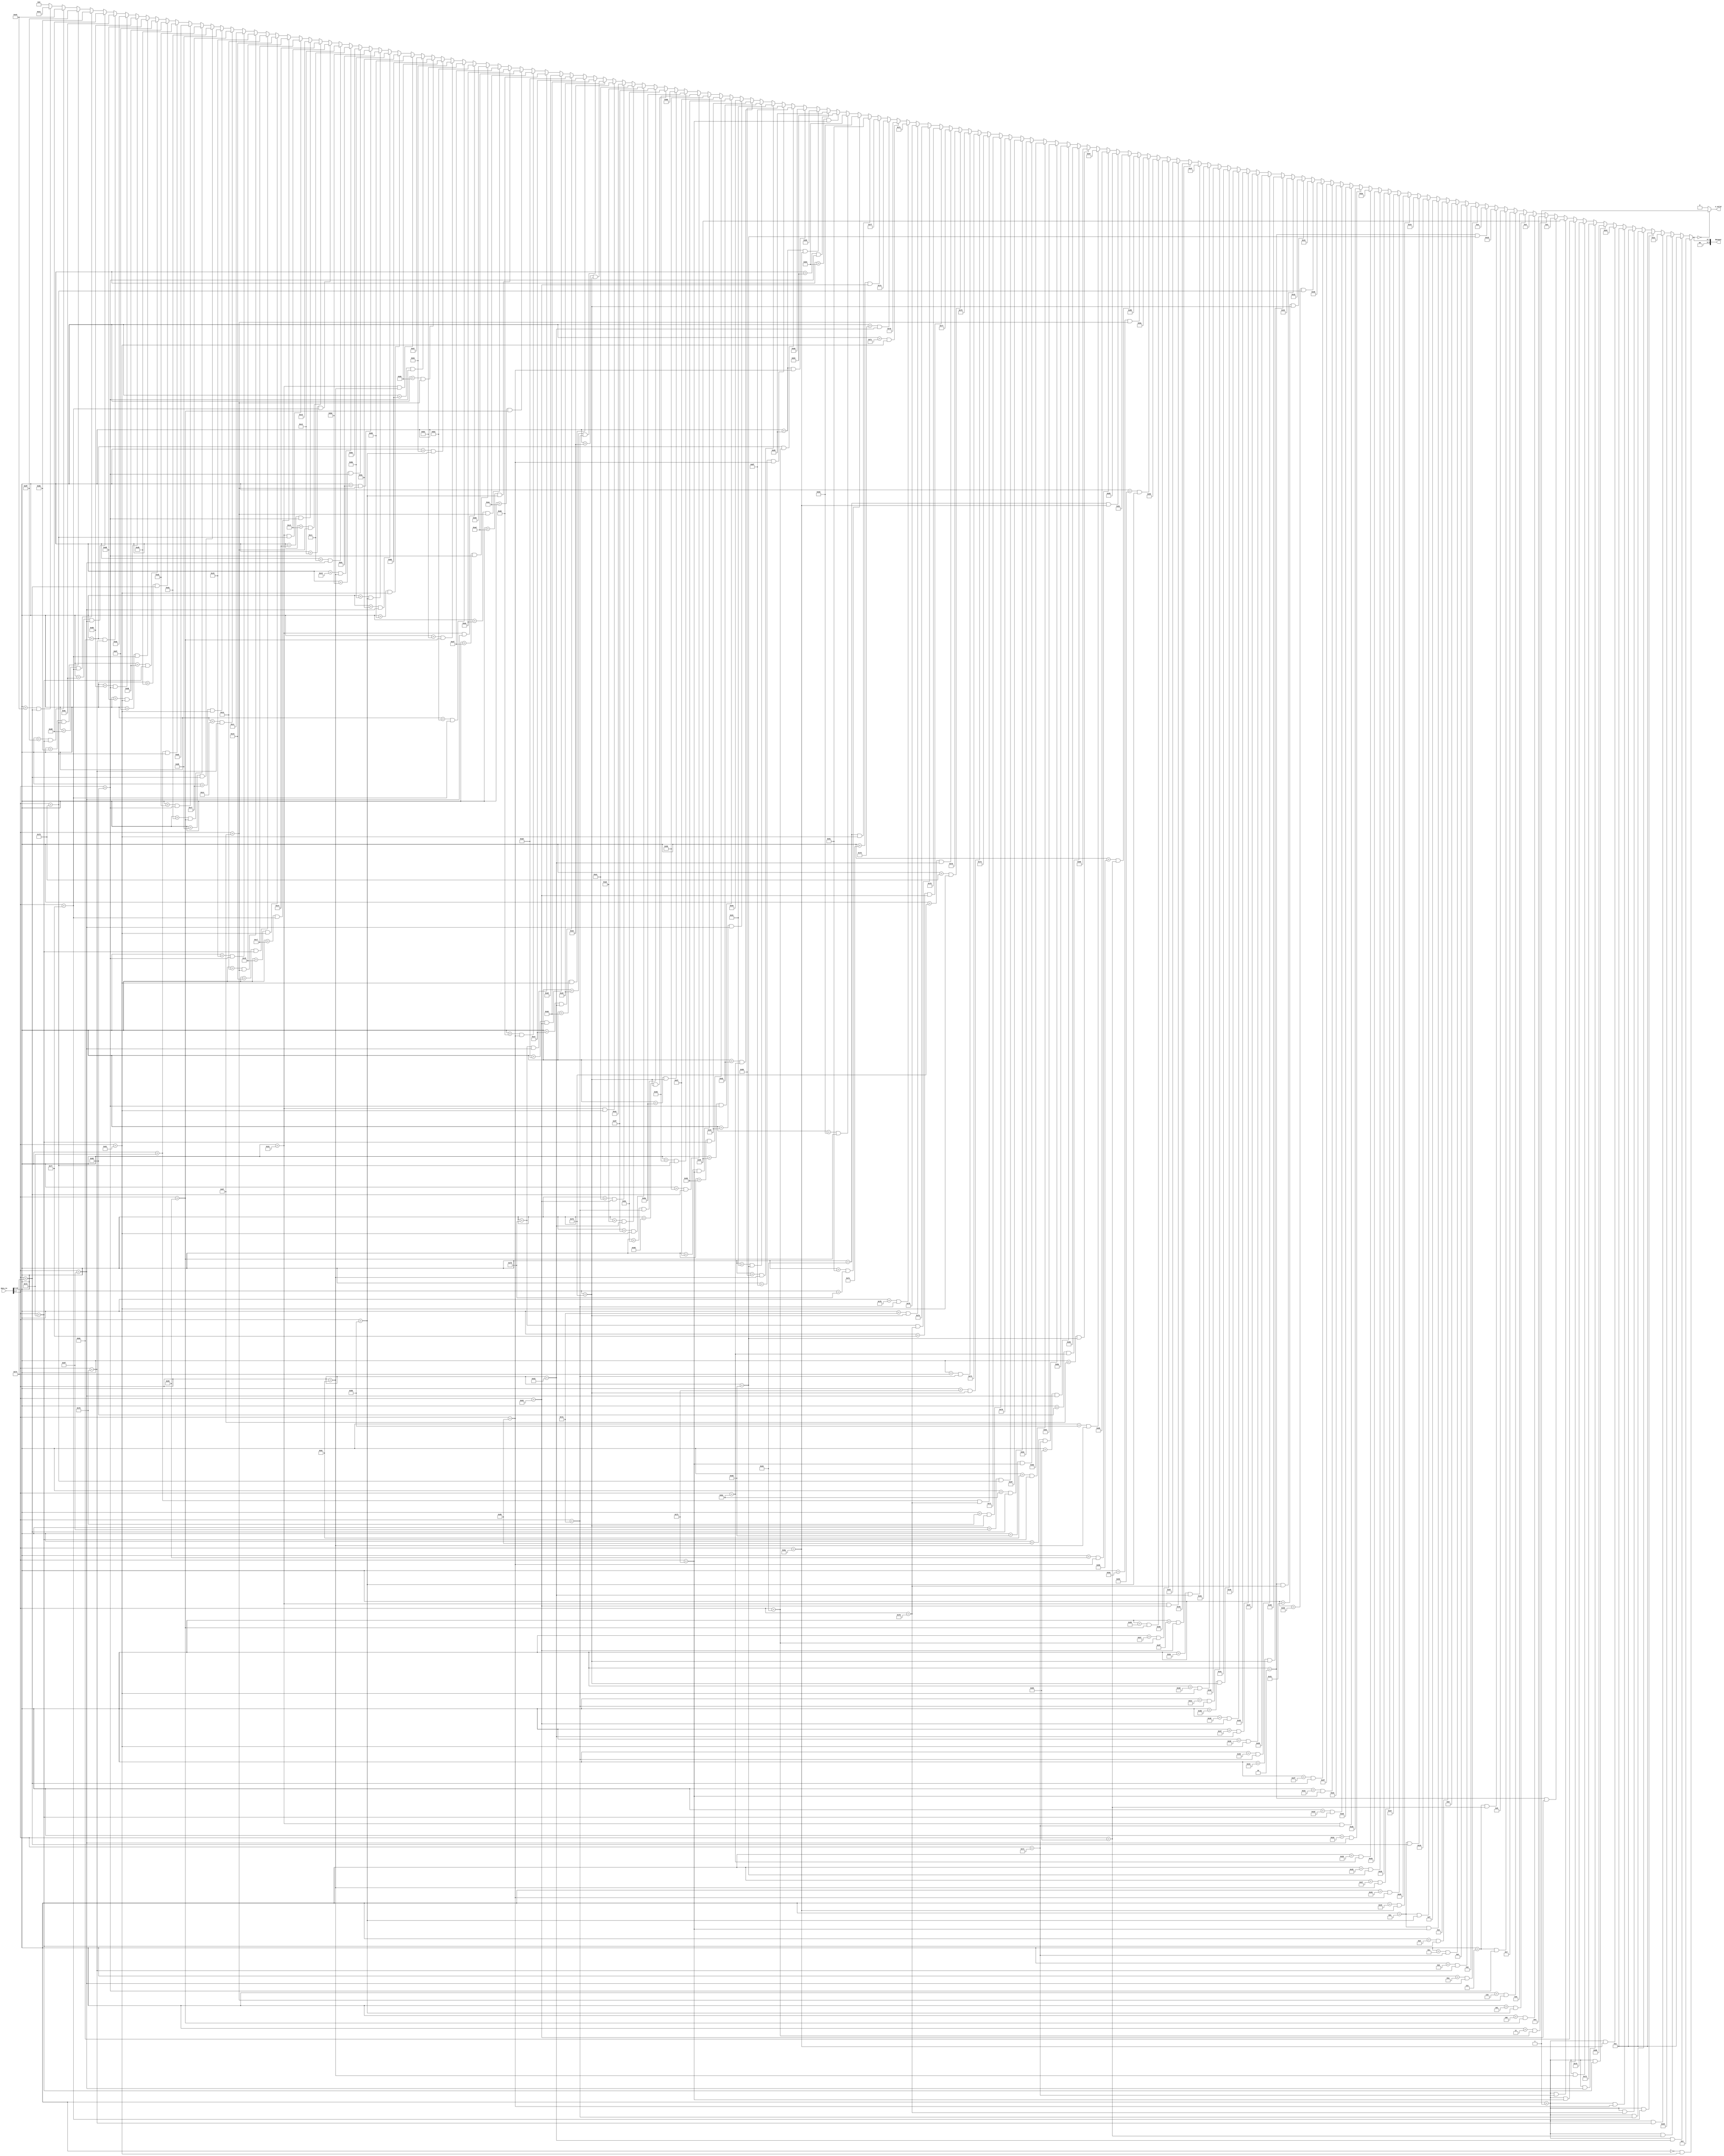
module a2p(data_in,dataout,n_valid);
input [17:0] data_in;
output [9:0] dataout;
output n_valid;

wire [17:0] data_in;
wire [9:0] dataout;

wire [7:0] state;
wire [7:0] in_ch;

reg [7:0] data_out;
reg n_valid;

assign state = data_in[15:8] ;
assign in_ch = data_in[7:0] ;

assign dataout = {2'b00,data_out};

always@(state,in_ch)
	begin

if(state == 8'b00000000  && in_ch == 8'd97  ) 
 data_out <= 8'b00000001 ;
 else if(state == 8'b00000001  && in_ch == 8'd98  ) 
 data_out <= 8'b00000010 ;
 else if(state == 8'b00000001  && in_ch == 8'd105  ) 
 data_out <= 8'b00100101 ;
 else if(state == 8'b00000001  && in_ch == 8'd112  ) 
 data_out <= 8'b00101100 ;
 else if(state == 8'b00000001  && in_ch == 8'd119  ) 
 data_out <= 8'b00000010 ;
 else if(state == 8'b00000001  && in_ch == 8'd122  ) 
 data_out <= 8'b00000010 ;
 else if(state == 8'b00000001  && in_ch == 8'd120  ) 
 data_out <= 8'b00000010 ;
 else if(state == 8'b00000001  && in_ch == 8'd107  ) 
 data_out <= 8'b00000010 ;
 else if(state == 8'b00000001  && in_ch == 8'd106  ) 
 data_out <= 8'b01100100 ;
 else if(state == 8'b00000001  && in_ch == 8'd114  ) 
 data_out <= 8'b01101011 ;
 else if(state == 8'b00000001  && in_ch == 8'd111  ) 
 data_out <= 8'b01110010 ;
 else if(state == 8'b00000001  && in_ch == 8'd108  ) 
 data_out <= 8'b01111001 ;
 else if(state == 8'b00000001  && in_ch == 8'd115  ) 
 data_out <= 8'b10001110 ;
 else if(state == 8'b00000001  && in_ch == 8'd113  ) 
 data_out <= 8'b10010101 ;
 else if(state == 8'b00000010  && in_ch == 8'd99  ) 
 data_out <= 8'b00000011 ; 
 else if(state == 8'b00000011  && in_ch == 8'd100  ) 
 data_out <= 8'b00000100 ;
 else if(state == 8'b00000100  && in_ch == 8'd101  ) 
 data_out <= 8'b00000101 ;
 else if(state == 8'b00000101  && in_ch == 8'd102  ) 
 data_out <= 8'b00000110 ;
 else if(state == 8'b00000110  && in_ch == 8'd103  ) 
 data_out <= 8'b00000111 ;
 else if(state == 8'b00000111  && in_ch == 8'd104  ) 
 data_out <= 8'b00001000 ;
 else if(state == 8'b00000111  && in_ch == 8'd105  ) 
 data_out <= 8'b00011101 ;
 else if(state == 8'b00000010  && in_ch == 8'd109  ) 
 data_out <= 8'b00001010 ;
 else if(state == 8'b00001010  && in_ch == 8'd111  ) 
 data_out <= 8'b00001011 ;
 else if(state == 8'b00001011  && in_ch == 8'd112  ) 
 data_out <= 8'b00001100 ;
 else if(state == 8'b00001100  && in_ch == 8'd113  ) 
 data_out <= 8'b00001101 ;
 else if(state == 8'b00001101  && in_ch == 8'd114  ) 
 data_out <= 8'b00001110 ;
 else if(state == 8'b00001110  && in_ch == 8'd115  ) 
 data_out <= 8'b00001111 ;
 else if(state == 8'b00001110  && in_ch == 8'd102  ) 
 data_out <= 8'b00010110 ;
 else if(state == 8'b00001110  && in_ch == 8'd116  ) 
 data_out <= 8'b00100100 ;
 else if(state == 8'b00100101  && in_ch == 8'd106  ) 
 data_out <= 8'b00100110 ;
 else if(state == 8'b00100110  && in_ch == 8'd107  ) 
 data_out <= 8'b00100111 ;
 else if(state == 8'b00100111  && in_ch == 8'd108  ) 
 data_out <= 8'b00101000 ;
 else if(state == 8'b00101000  && in_ch == 8'd109  ) 
 data_out <= 8'b00101001 ;
 else if(state == 8'b00101001  && in_ch == 8'd110  ) 
 data_out <= 8'b00101010 ;
 else if(state == 8'b00101010  && in_ch == 8'd111  ) 
 data_out <= 8'b00101011 ;
 else if(state == 8'b00101100  && in_ch == 8'd113  ) 
 data_out <= 8'b00101101 ;
 else if(state == 8'b00101101  && in_ch == 8'd114  ) 
 data_out <= 8'b00101110 ;
 else if(state == 8'b00101110  && in_ch == 8'd115  ) 
 data_out <= 8'b00101111 ;
 else if(state == 8'b00101111  && in_ch == 8'd116  ) 
 data_out <= 8'b00110000 ;
 else if(state == 8'b00110000  && in_ch == 8'd117  ) 
 data_out <= 8'b00110001 ;
 else if(state == 8'b00110001  && in_ch == 8'd118  ) 
 data_out <= 8'b00110010 ;
 else if(state == 8'b00000010  && in_ch == 8'd120  ) 
 data_out <= 8'b00110100 ;
 else if(state == 8'b00110100  && in_ch == 8'd118  ) 
 data_out <= 8'b00110101 ;
 else if(state == 8'b00110101  && in_ch == 8'd122  ) 
 data_out <= 8'b00110110 ;
 else if(state == 8'b00110110  && in_ch == 8'd97  ) 
 data_out <= 8'b00110111 ;
 else if(state == 8'b00110111  && in_ch == 8'd98  ) 
 data_out <= 8'b00111000 ;
 else if(state == 8'b00111000  && in_ch == 8'd99  ) 
 data_out <= 8'b00111001 ;
 else if(state == 8'b00000010  && in_ch == 8'd120  ) 
 data_out <= 8'b00111011 ;
 else if(state == 8'b00111011  && in_ch == 8'd118  ) 
 data_out <= 8'b00111100 ;
 else if(state == 8'b00111100  && in_ch == 8'd122  ) 
 data_out <= 8'b00111101 ;
 else if(state == 8'b00111101  && in_ch == 8'd97  ) 
 data_out <= 8'b00111110 ;
 else if(state == 8'b00111110  && in_ch == 8'd98  ) 
 data_out <= 8'b00111111 ;
 else if(state == 8'b00111111  && in_ch == 8'd99  ) 
 data_out <= 8'b01000000 ;
 else if(state == 8'b00101100  && in_ch == 8'd99  ) 
 data_out <= 8'b01010111 ;
 else if(state == 8'b01010111  && in_ch == 8'd100  ) 
 data_out <= 8'b01011000 ;
 else if(state == 8'b01011000  && in_ch == 8'd101  ) 
 data_out <= 8'b01011001 ;
 else if(state == 8'b01011001  && in_ch == 8'd102  ) 
 data_out <= 8'b01011010 ;
 else if(state == 8'b01011010  && in_ch == 8'd103  ) 
 data_out <= 8'b01011011 ;
 else if(state == 8'b01011011  && in_ch == 8'd105  ) 
 data_out <= 8'b01011100 ;
 else if(state == 8'b01100100  && in_ch == 8'd106  ) 
 data_out <= 8'b01100101 ;
 else if(state == 8'b01100101  && in_ch == 8'd107  ) 
 data_out <= 8'b01100110 ;
 else if(state == 8'b01100110  && in_ch == 8'd108  ) 
 data_out <= 8'b01100111 ;
 else if(state == 8'b01100111  && in_ch == 8'd109  ) 
 data_out <= 8'b01101000 ;
 else if(state == 8'b01101000  && in_ch == 8'd110  ) 
 data_out <= 8'b01101001 ;
 else if(state == 8'b01101001  && in_ch == 8'd111  ) 
 data_out <= 8'b01101010 ;
 else if(state == 8'b01101011  && in_ch == 8'd113  ) 
 data_out <= 8'b01101100 ; 
 else if(state == 8'b01101100  && in_ch == 8'd114  ) 
 data_out <= 8'b01101101 ;
 else if(state == 8'b01101101  && in_ch == 8'd115  ) 
 data_out <= 8'b01101110 ;
 else if(state == 8'b01101110  && in_ch == 8'd116  ) 
 data_out <= 8'b01101111 ;
 else if(state == 8'b01101111  && in_ch == 8'd117  ) 
 data_out <= 8'b01110000 ;
 else if(state == 8'b01110000  && in_ch == 8'd118  ) 
 data_out <= 8'b01110001 ;
 else if(state == 8'b01110010  && in_ch == 8'd120  ) 
 data_out <= 8'b01110011 ;
 else if(state == 8'b01110011  && in_ch == 8'd118  ) 
 data_out <= 8'b01110100 ;
 else if(state == 8'b01110100  && in_ch == 8'd122  ) 
 data_out <= 8'b01110101 ;
 else if(state == 8'b01110101  && in_ch == 8'd97  ) 
 data_out <= 8'b01110110 ;
 else if(state == 8'b01110110  && in_ch == 8'd98  ) 
 data_out <= 8'b01110111 ;
 else if(state == 8'b01110111  && in_ch == 8'd99  ) 
 data_out <= 8'b01111000 ;
 else if(state == 8'b01111001  && in_ch == 8'd120  ) 
 data_out <= 8'b01111010 ; 
 else if(state == 8'b01111010  && in_ch == 8'd118  ) 
 data_out <= 8'b01111011 ;
 else if(state == 8'b01111011  && in_ch == 8'd122  ) 
 data_out <= 8'b01111100 ; 
 else if(state == 8'b01111100  && in_ch == 8'd97  ) 
 data_out <= 8'b01111101 ;
 else if(state == 8'b01111101  && in_ch == 8'd98  ) 
 data_out <= 8'b01111110 ; 
 else if(state == 8'b01111110  && in_ch == 8'd99  ) 
 data_out <= 8'b01111111 ;
 else if(state == 8'b01100100  && in_ch == 8'd97  ) 
 data_out <= 8'b10000001 ;
 else if(state == 8'b10000001  && in_ch == 8'd121  ) 
 data_out <= 8'b10000010 ;
 else if(state == 8'b10000010  && in_ch == 8'd101  ) 
 data_out <= 8'b10000011 ;
 else if(state == 8'b10000011  && in_ch == 8'd115  ) 
 data_out <= 8'b10000100 ;
 else if(state == 8'b10000100  && in_ch == 8'd104  ) 
 data_out <= 8'b10000101 ;
 else if(state == 8'b10000101  && in_ch == 8'd106  ) 
 data_out <= 8'b10000110 ;
 else if(state == 8'b10000101  && in_ch == 8'd107  ) 
 data_out <= 8'b10001101 ;
 else if(state == 8'b10001110  && in_ch == 8'd100  ) 
 data_out <= 8'b10001111 ;
 else if(state == 8'b10001111  && in_ch == 8'd107  ) 
 data_out <= 8'b10010000 ;
 else if(state == 8'b10010000  && in_ch == 8'd108  ) 
 data_out <= 8'b10010001 ;
 else if(state == 8'b10010001  && in_ch == 8'd109  ) 
 data_out <= 8'b10010010 ;
 else if(state == 8'b10010010  && in_ch == 8'd110  ) 
 data_out <= 8'b10010011 ;
 else if(state == 8'b10010011  && in_ch == 8'd111  ) 
 data_out <= 8'b10010100 ;
 else if(state == 8'b10010101  && in_ch == 8'd104  ) 
 data_out <= 8'b10010110 ;
 else if(state == 8'b10010110  && in_ch == 8'd114  ) 
 data_out <= 8'b10010111 ;
 else if(state == 8'b10010111  && in_ch == 8'd115  ) 
 data_out <= 8'b10011000 ;
 else if(state == 8'b10011000  && in_ch == 8'd116  ) 
 data_out <= 8'b10011001 ;
 else if(state == 8'b10011001  && in_ch == 8'd117  ) 
 data_out <= 8'b10011010 ;
 else if(state == 8'b10011010  && in_ch == 8'd118  ) 
 data_out <= 8'b10011011 ;
 else if(state == 8'b00000010  && in_ch == 8'd99  ) 
 data_out <= 8'b10011101 ;
 else if(state == 8'b10011101  && in_ch == 8'd118  ) 
 data_out <= 8'b10011110 ;
 else if(state == 8'b10011110  && in_ch == 8'd122  ) 
 data_out <= 8'b10011111 ;
 else if(state == 8'b10011111  && in_ch == 8'd97  ) 
 data_out <= 8'b10100000 ;
 else if(state == 8'b10100000  && in_ch == 8'd98  ) 
 data_out <= 8'b10100001 ;
 else if(state == 8'b10100001  && in_ch == 8'd99  ) 
 data_out <= 8'b10100010 ;
 else if(state == 8'b00101100  && in_ch == 8'd97  ) 
 data_out <= 8'b10100100 ;
 else if(state == 8'b10100100  && in_ch == 8'd118  ) 
 data_out <= 8'b10100101 ;
 else if(state == 8'b10100101  && in_ch == 8'd122  ) 
 data_out <= 8'b10100110 ;
 else if(state == 8'b10100110  && in_ch == 8'd97  ) 
 data_out <= 8'b10100111 ;
 else if(state == 8'b10100111  && in_ch == 8'd98  ) 
 data_out <= 8'b10101000 ;
 else if(state == 8'b10101000  && in_ch == 8'd99  ) 
 data_out <= 8'b10101001 ;
 else if(state == 8'b01111001  && in_ch == 8'd111  ) 
 data_out <= 8'b10101011 ;
 else if(state == 8'b10101011  && in_ch == 8'd107  ) 
 data_out <= 8'b10101100 ;
 else if(state == 8'b10101100  && in_ch == 8'd101  ) 
 data_out <= 8'b10101101 ;
 else if(state == 8'b10101101  && in_ch == 8'd102  ) 
 data_out <= 8'b10101110 ;
 else if(state == 8'b10101110  && in_ch == 8'd103  ) 
 data_out <= 8'b10101111 ;
 else if(state == 8'b10101111  && in_ch == 8'd104  ) 
 data_out <= 8'b10110000 ;
 else if(state == 8'b00101100  && in_ch == 8'd111  ) 
 data_out <= 8'b10110010 ;
 else if(state == 8'b10110010  && in_ch == 8'd119  ) 
 data_out <= 8'b10110011 ;
 else if(state == 8'b10110011  && in_ch == 8'd101  ) 
 data_out <= 8'b10110100 ;
 else if(state == 8'b10110100  && in_ch == 8'd102  ) 
 data_out <= 8'b10110101 ;
 else if(state == 8'b10110101  && in_ch == 8'd103  ) 
 data_out <= 8'b10110110 ;
 else if(state == 8'b10110110  && in_ch == 8'd104  ) 
 data_out <= 8'b10110111 ;
 else if(state == 8'b00101100  && in_ch == 8'd108  ) 
 data_out <= 8'b10111001 ;
 else if(state == 8'b10111001  && in_ch == 8'd97  ) 
 data_out <= 8'b10111010 ;
 else if(state == 8'b10111010  && in_ch == 8'd111  ) 
 data_out <= 8'b10111011 ;
 else if(state == 8'b10111011  && in_ch == 8'd102  ) 
 data_out <= 8'b10111100 ;
 else if(state == 8'b10111100  && in_ch == 8'd103  ) 
 data_out <= 8'b10111101 ;
 else if(state == 8'b10111101  && in_ch == 8'd104  ) 
 data_out <= 8'b10111110 ;
 else if(state == 8'b00101100  && in_ch == 8'd97  ) 
 data_out <= 8'b11000000 ;
 else if(state == 8'b11000000  && in_ch == 8'd108  ) 
 data_out <= 8'b11000001 ;
 else if(state == 8'b11000001  && in_ch == 8'd111  ) 
 data_out <= 8'b11000010 ;
 else if(state == 8'b11000010  && in_ch == 8'd119  ) 
 data_out <= 8'b11000011 ;
 else if(state == 8'b11000011  && in_ch == 8'd103  ) 
 data_out <= 8'b11000100 ;
 else if(state == 8'b11000100  && in_ch == 8'd104  ) 
 data_out <= 8'b11000101 ;
 else if(state == 8'b00101100  && in_ch == 8'd117  ) 
 data_out <= 8'b11000111 ;
 else if(state == 8'b11000111  && in_ch == 8'd119  ) 
 data_out <= 8'b11001000 ;
 else if(state == 8'b11001000  && in_ch == 8'd97  ) 
 data_out <= 8'b11001001 ;
 else if(state == 8'b11001001  && in_ch == 8'd114  ) 
 data_out <= 8'b11001010 ;
 else if(state == 8'b11001010  && in_ch == 8'd103  ) 
 data_out <= 8'b11001011 ;
 else if(state == 8'b11001011  && in_ch == 8'd104  ) 
 data_out <= 8'b11001100 ;
 else if(state == 8'b01111001  && in_ch == 8'd111  ) 
 data_out <= 8'b11001110 ;
 else if(state == 8'b11001110  && in_ch == 8'd112  ) 
 data_out <= 8'b11001111 ;
 else if(state == 8'b11001111  && in_ch == 8'd97  ) 
 data_out <= 8'b11010000 ;
 else if(state == 8'b11010000  && in_ch == 8'd116  ) 
 data_out <= 8'b11010001 ;
 else if(state == 8'b11010001  && in_ch == 8'd101  ) 
 data_out <= 8'b11010010 ;
 else if(state == 8'b11010010  && in_ch == 8'd104  ) 
 data_out <= 8'b11010011 ;
 else if(state == 8'b01110010  && in_ch == 8'd117  ) 
 data_out <= 8'b11010101 ;
 else if(state == 8'b11010101  && in_ch == 8'd116  ) 
 data_out <= 8'b11010110 ;
 else if(state == 8'b11010110  && in_ch == 8'd114  )
 data_out <= 8'b11010111 ;
 else if(state == 8'b11010111  && in_ch == 8'd119  ) 
 data_out <= 8'b11011000 ;
 else if(state == 8'b11011000  && in_ch == 8'd97  ) 
 data_out <= 8'b11011001 ;
 else if(state == 8'b11011001  && in_ch == 8'd104  ) 
 data_out <= 8'b11011010 ;
 else if(state == 8'b10001110  && in_ch == 8'd112  ) 
 data_out <= 8'b11011100 ;
 else if(state == 8'b11011100  && in_ch == 8'd111  ) 
 data_out <= 8'b11011101 ;
 else if(state == 8'b11011101  && in_ch == 8'd119  ) 
 data_out <= 8'b11011110 ;
 else if(state == 8'b11011110  && in_ch == 8'd117  ) 
 data_out <= 8'b11011111 ;
 else if(state == 8'b11011111  && in_ch == 8'd114  ) 
 data_out <= 8'b11100000 ;
 else if(state == 8'b11100000  && in_ch == 8'd116  ) 
 data_out <= 8'b11100001 ;
 else
	data_out <= 8'd0;

 end

 always@(data_out)
 	begin
		if(data_out == 0)
			n_valid = 1;
		else
			n_valid = 0;
	end
 endmodule